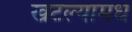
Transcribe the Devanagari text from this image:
खटल्यामधे